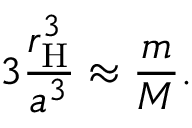
3 { \frac { r _ { \mathrm { H } } ^ { 3 } } { a ^ { 3 } } } \approx { \frac { m } { M } } .